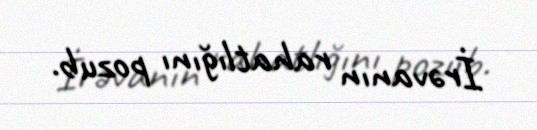
İrəvanın rahatlığını pozub.